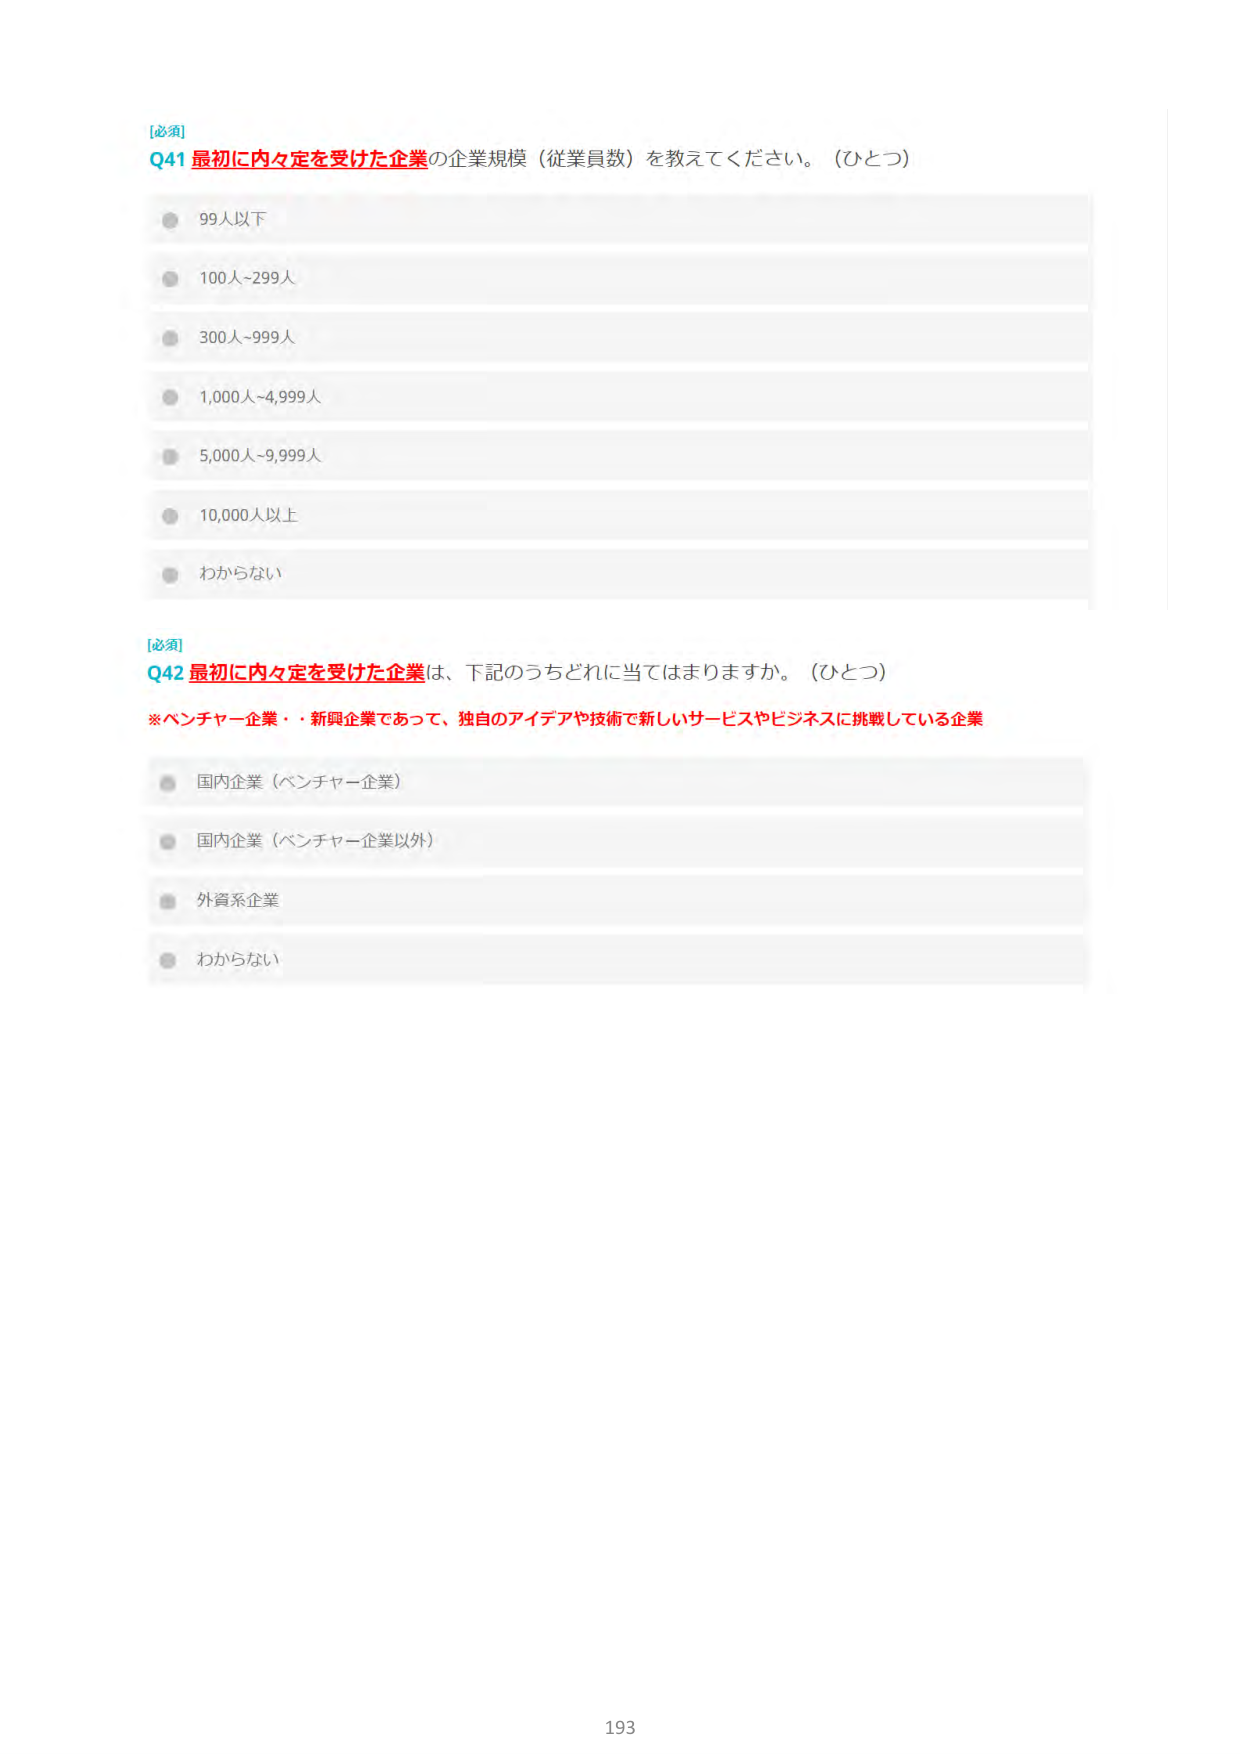
[必須]
Q41 最初に内々定を受けた企業の企業規模（従業員数）を教えてください。（ひとつ）
99人以下
100人~299人
300人~999人
1,000人~4,999人
5,000人~9,999人
10,000人以上
わからない

[必須]
Q42 最初に内々定を受けた企業は、下記のうちどれに当てはまりますか。（ひとつ）
※ベンチャー企業・新興企業であって、独自のアイデアや技術で新しいサービスやビジネスに挑戦している企業
国内企業（ベンチャー企業）
国内企業（ベンチャー企業以外）
外資系企業
わからない

193